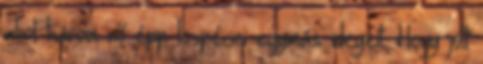
ahol három nő épp kispécizi egymás idegeit. Hogy jött